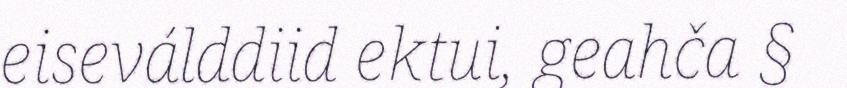
eiseválddiid ektui, geahča §